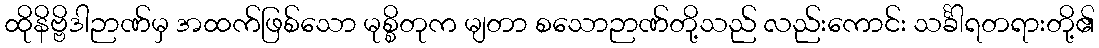
ထိုနိဗ္ဗိဒါဉာဏ်မှ အထက်ဖြစ်သော မုစ္စိတုက မျတာ စသောဉာဏ်တို့သည် လည်းကောင်း သင်္ခါရတရားတို့၏